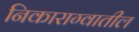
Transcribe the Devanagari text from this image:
निकाराग्वातील